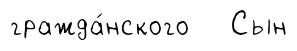
гражда́нского Сын